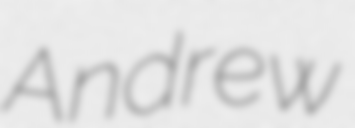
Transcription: Andrew